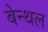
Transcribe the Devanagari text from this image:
बेन्थल